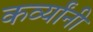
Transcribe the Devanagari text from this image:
कर्व्यांनी